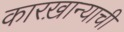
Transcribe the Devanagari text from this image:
कारख़ान्याची